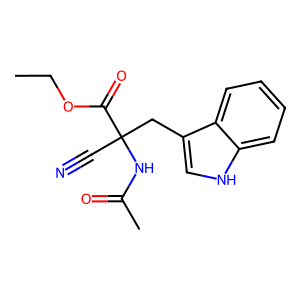
SMILES: CCOC(=O)C(C#N)(Cc1c[nH]c2ccccc12)NC(C)=O
Inhibits HIV replication: No